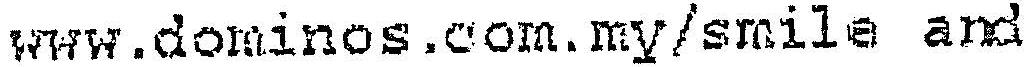
WWW.DOMINOS.COM.MY/SMILE AND